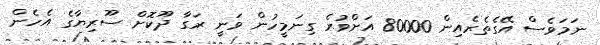
ނަމަވެސް އޭގެތެރެއިން 80000 އަށްވުރެ ގިނަމީހުން ވަނީ ރަގާ ދޫކޮށް ސޫރިޔާގެ އެހެން